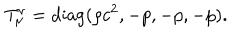
T _ { \mu } ^ { \nu } = \mathrm { d i a g } ( \rho c ^ { 2 } , - p , - p , - p ) .